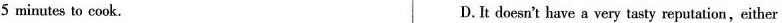
5 minutes to cook. D.It doesn't have a very tasty reputation,either